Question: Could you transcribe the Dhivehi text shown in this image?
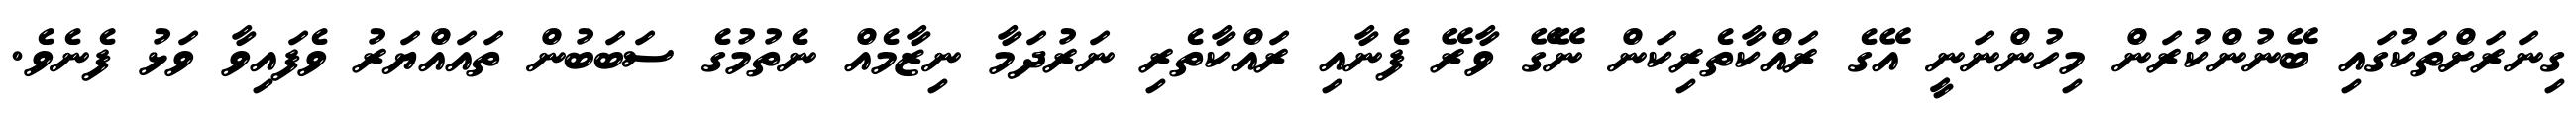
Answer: ގިނަރަށްތަކުގައި ބޭނުންކުރަން މިހުންނަނީ އޭގެ ރައްކާތެރިކަން ނޭގޭ ވާރޭ ފެނާއި ރައްކާތެރި ނަރުދަމާ ނިޒާމެއް ނެތުމުގެ ސަބަބުން ތައައްޔަރު ވެފައިވާ ވަޅު ފެނެވެ.